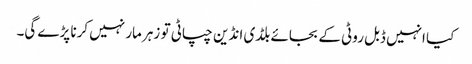
کیا انہیں ڈبل روٹی کے بجائے بلڈی انڈین چپاٹی تو زہر مار نہیں کرنا پڑے گی۔